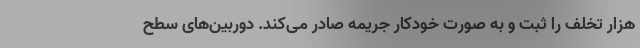
هزار تخلف را ثبت و به صورت خودکار جریمه صادر می‌کند. دوربین‌های سطح